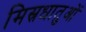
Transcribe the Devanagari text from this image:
मिस्रधातुओं